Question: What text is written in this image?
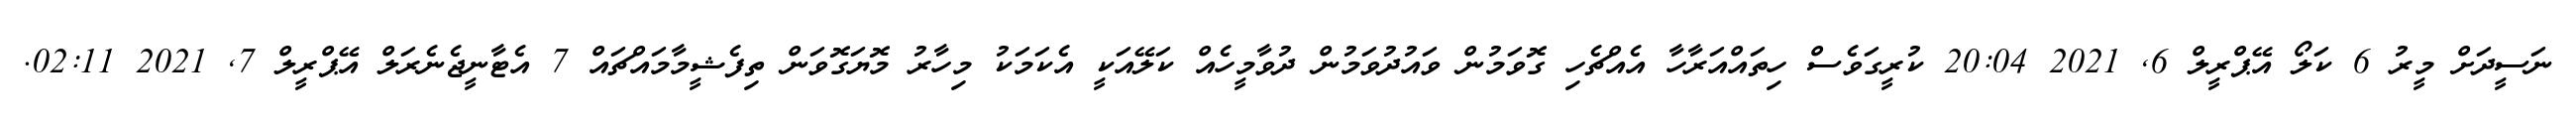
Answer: ނަސީދަށް މީރު 6 ކަލޯ އޭޕްރީލް 6, 2021 20:04 ކުރީގަވެސް ހިތައްއަރާހާ އެއްޗެހި ގޮވަމުން ވައުދުވަމުން ދުވާމީހެއް ކަލޭއަކީ އެކަމަކު މިހާރު މޮޔަގޮވަން ތިފެޝީމާމައްޗައް 7 އެޓާނީޖެނެރަލް އޭޕްރީލް 7, 2021 02:11.